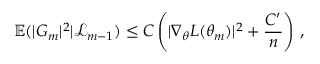
\mathbb { E } ( | G _ { m } | ^ { 2 } | \mathcal { L } _ { m - 1 } ) \leq C \left( | \nabla _ { \theta } L ( \theta _ { m } ) | ^ { 2 } + \frac { C ^ { \prime } } { n } \right) \, ,